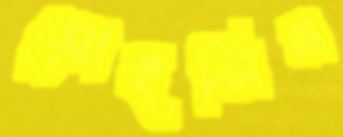
মোহসিন